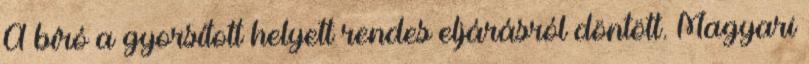
A bíró a gyorsított helyett rendes eljárásról döntött. Magyari